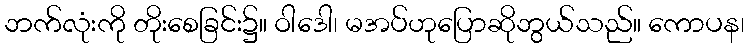
ဘက်လုံးကို တိုးစေခြင်း၌။ ဝါဒေါ၊ မအပ်ဟုပြောဆိုဘွယ်သည်။ ကောပန၊